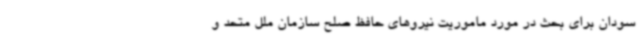
سودان برای بحث در مورد ماموریت نیروهای حافظ صلح سازمان ملل متحد و